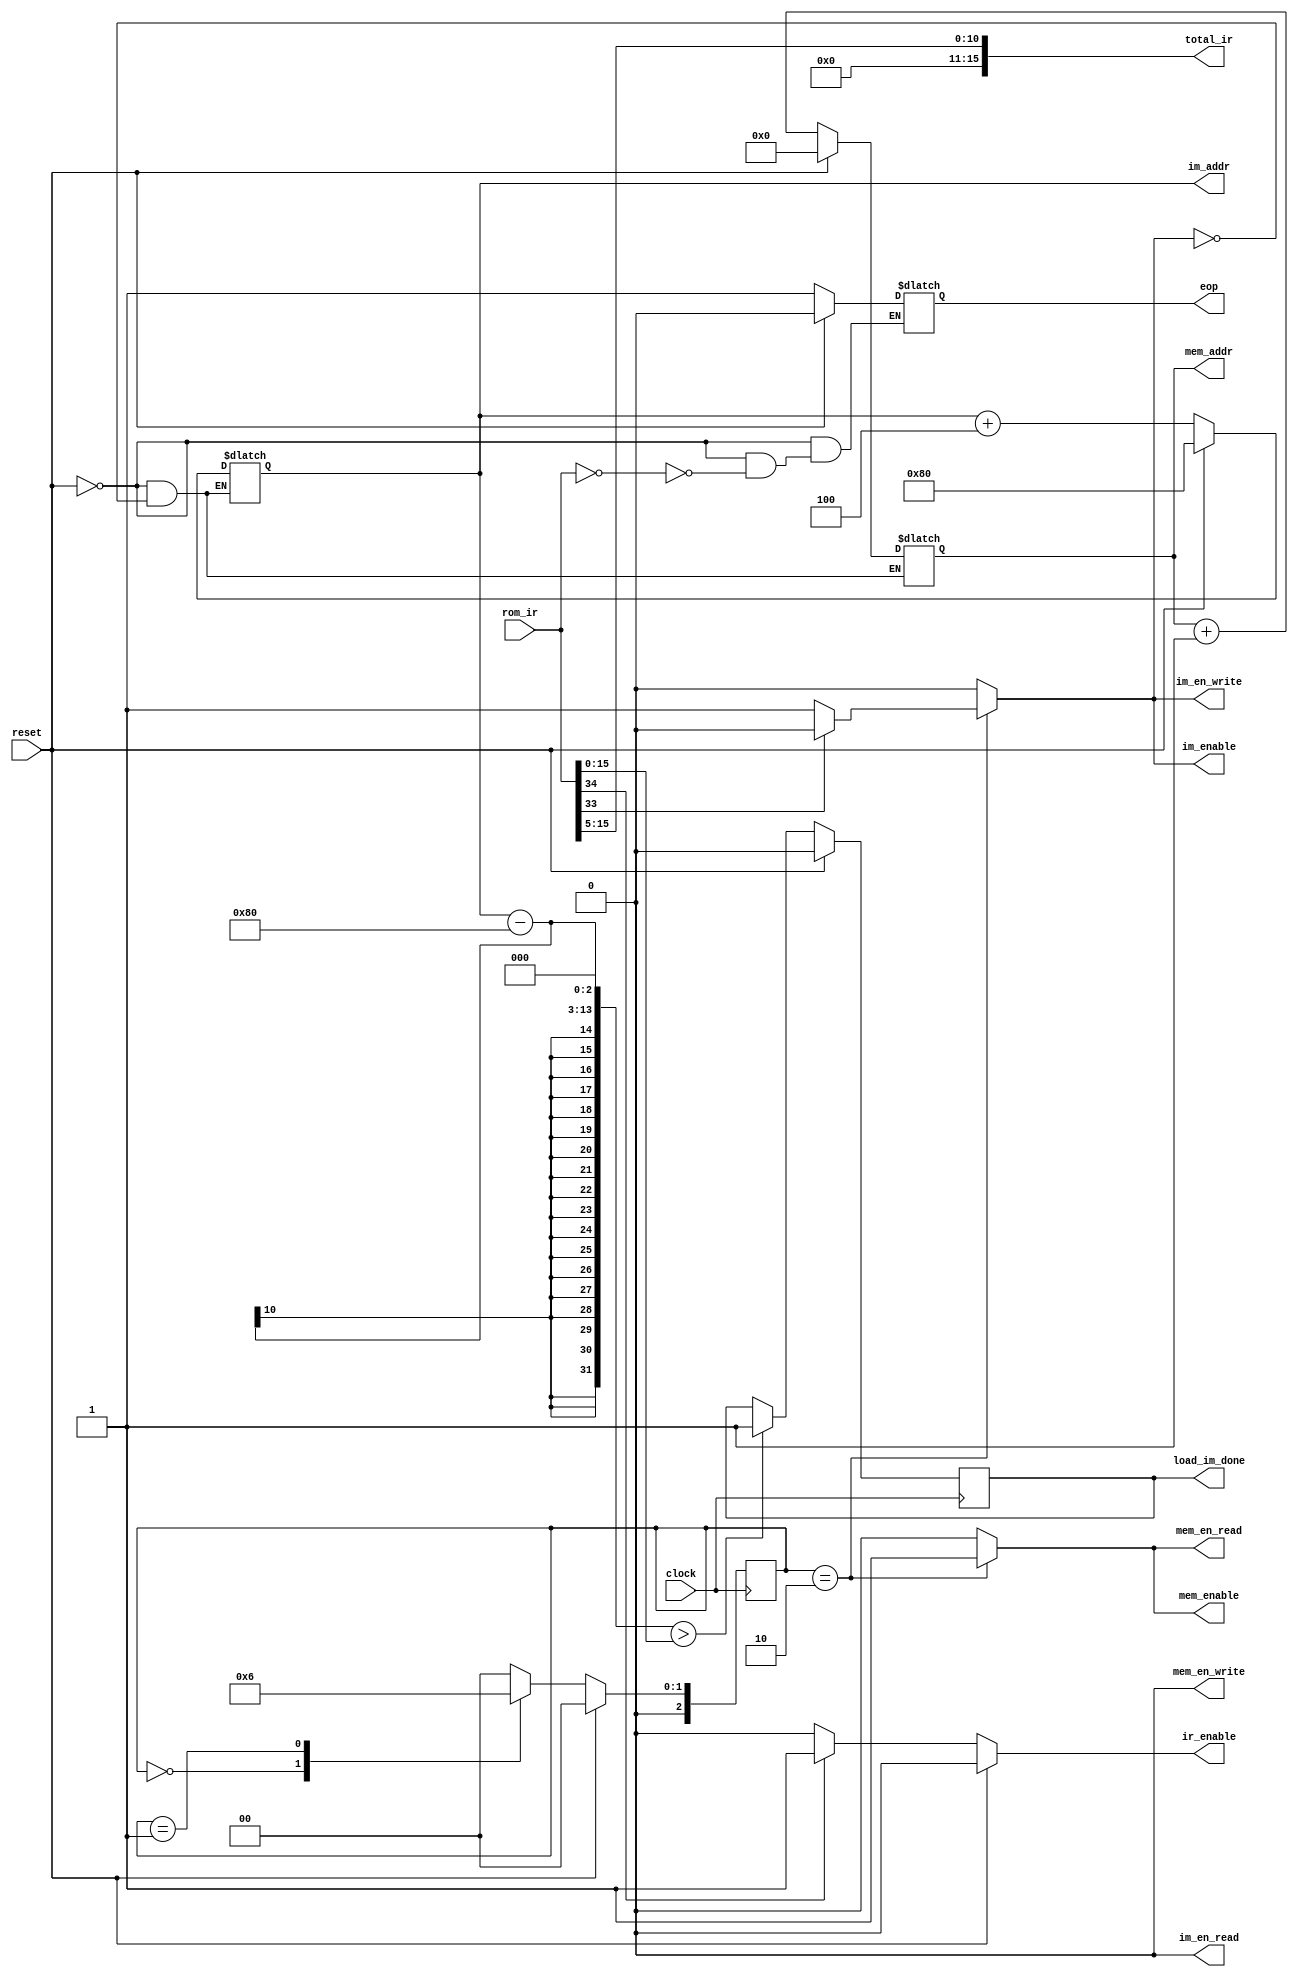
module mem_controller(total_ir, eop, ir_enable, load_im_done, im_enable, im_en_read, im_en_write, im_addr, mem_enable, mem_en_read, mem_en_write, mem_addr, rom_ir, reset, clock);

  parameter im_start = 'h80;
  
  // state
  parameter stopState = 2'b00, resetState = 2'b01, loadState = 2'b10;

  // TODO: DM
  input clock;
  input reset;
  input [35:0]rom_ir;
  
  output im_enable;
  output im_en_read;
  output im_en_write;
  output [9:0]im_addr;

  output mem_enable;
  output mem_en_read; 
  output mem_en_write; 
  output [13:0]mem_addr;

  output eop; 
  output load_im_done; 
  output ir_enable; 
  output [15:0]total_ir;

  // internal
  reg im_enable;
  reg im_en_read;
  reg im_en_write;
  reg [9:0]im_addr;

  reg mem_enable;
  reg mem_en_read; 
  reg mem_en_write; 
  reg [13:0]mem_addr; 

  wire ir_rst    = rom_ir[35];
  wire ir_en     = rom_ir[34];
  wire ir_select = rom_ir[33];
  wire ir_read   = rom_ir[32];
  wire [15:0]ir_start_address = rom_ir[31:16];
  wire [15:0]ir_size = rom_ir[15:0];
  
//  reg [127:0]clock_cnt;
  reg load_im_done;
  reg ir_enable;
  reg eop; 
  
  // internal 
  reg [2:0] current_state;
  reg [2:0] next_state;
  
  assign total_ir = ir_size >> 5;

  always @(posedge clock)
  begin
    if(reset)
      current_state <= stopState;
    else
      current_state <= next_state;
  end
  
  always @(current_state) begin
    case(current_state)
      stopState: begin
        next_state = resetState;
//        im_reset = 0;
        im_enable = 0;
        im_en_read = 0;
        im_en_write = 0;
        mem_enable = 0;
        mem_en_read = 0;
        mem_en_write = 0;
      end
      resetState: begin
        next_state = loadState;
        if (ir_select == 0) begin // IM
//          im_reset = 1;
          im_enable = 0;
          im_en_read = 0;
          im_en_write = 0;
          mem_enable = 0;
          mem_en_read = 0;
          mem_en_write = 0;
        end else begin // DM
//          im_reset = 0;
          im_enable = 0;
          im_en_read = 0;
          im_en_write = 0;
          mem_enable = 0;
          mem_en_read = 0;
          mem_en_write = 0;
        end
      end
      loadState: begin
        next_state = stopState;
        if (ir_select == 0) begin // IM
//          im_reset = 0;
          im_enable = 1;
          im_en_read = 0;
          im_en_write = 1;
          mem_enable = 1;
          mem_en_read = 1;
          mem_en_write = 0;
        end else begin // DM
//          im_reset = 0;
          im_enable = 0;
          im_en_read = 0;
          im_en_write = 0;
          mem_enable = 1;
          mem_en_read = 1;
          mem_en_write = 0;
        end
      end
      default: begin
        next_state = stopState;
//        im_reset = 0;
        im_enable = 0;
        im_en_read = 0;
        im_en_write = 0;
        mem_enable = 0;
        mem_en_read = 0;
        mem_en_write = 0;
      end
    endcase
  end
  
  always @ (reset or im_en_write) begin
    if (reset) begin
      im_addr <= im_start;
      mem_addr <= 0; 
    end else begin
      if (im_en_write) begin
        im_addr <= im_addr + 4;
        mem_addr <= mem_addr + 1;
      end else begin
        im_addr <= im_addr;
        mem_addr <= mem_addr;
      end
    end
  end
  
  always @ (posedge clock) begin
    if (reset) begin
      load_im_done = 0;
    end else begin
      if (((im_addr - im_start) << (5-2)) > ir_size)
        load_im_done = 1;
      else
        load_im_done = load_im_done;
    end
  end
  
  always @ (reset or ir_en) begin
    if (reset) begin
      ir_enable = 0;
    end else begin
      if (ir_en)
        ir_enable = 1;
      else
        ir_enable = 0;
    end
  end

  always @ (reset or rom_ir) begin
    if (reset) begin
      eop = 0;
    end else begin
      if (rom_ir == 0)
        eop = 1;
      else
        eop = eop;
    end
  end

endmodule